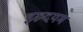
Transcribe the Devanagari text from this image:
इरुदयम